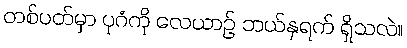
တစ်ပတ်မှာ ပုဂံကို လေယာဉ် ဘယ်နှရက် ရှိသလဲ။